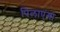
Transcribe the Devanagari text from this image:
पिलाएगा